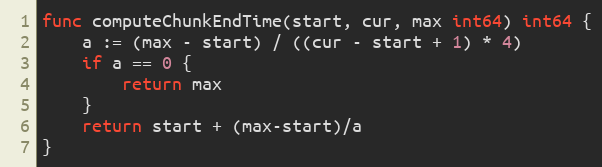
Language: Go
func computeChunkEndTime(start, cur, max int64) int64 {
	a := (max - start) / ((cur - start + 1) * 4)
	if a == 0 {
		return max
	}
	return start + (max-start)/a
}